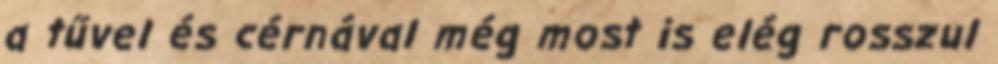
a tűvel és cérnával még most is elég rosszul